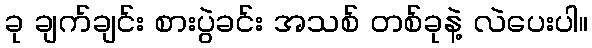
ခု ချက်ချင်း စားပွဲခင်း အသစ် တစ်ခုနဲ့ လဲပေးပါ။